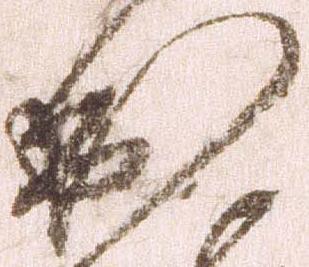
出